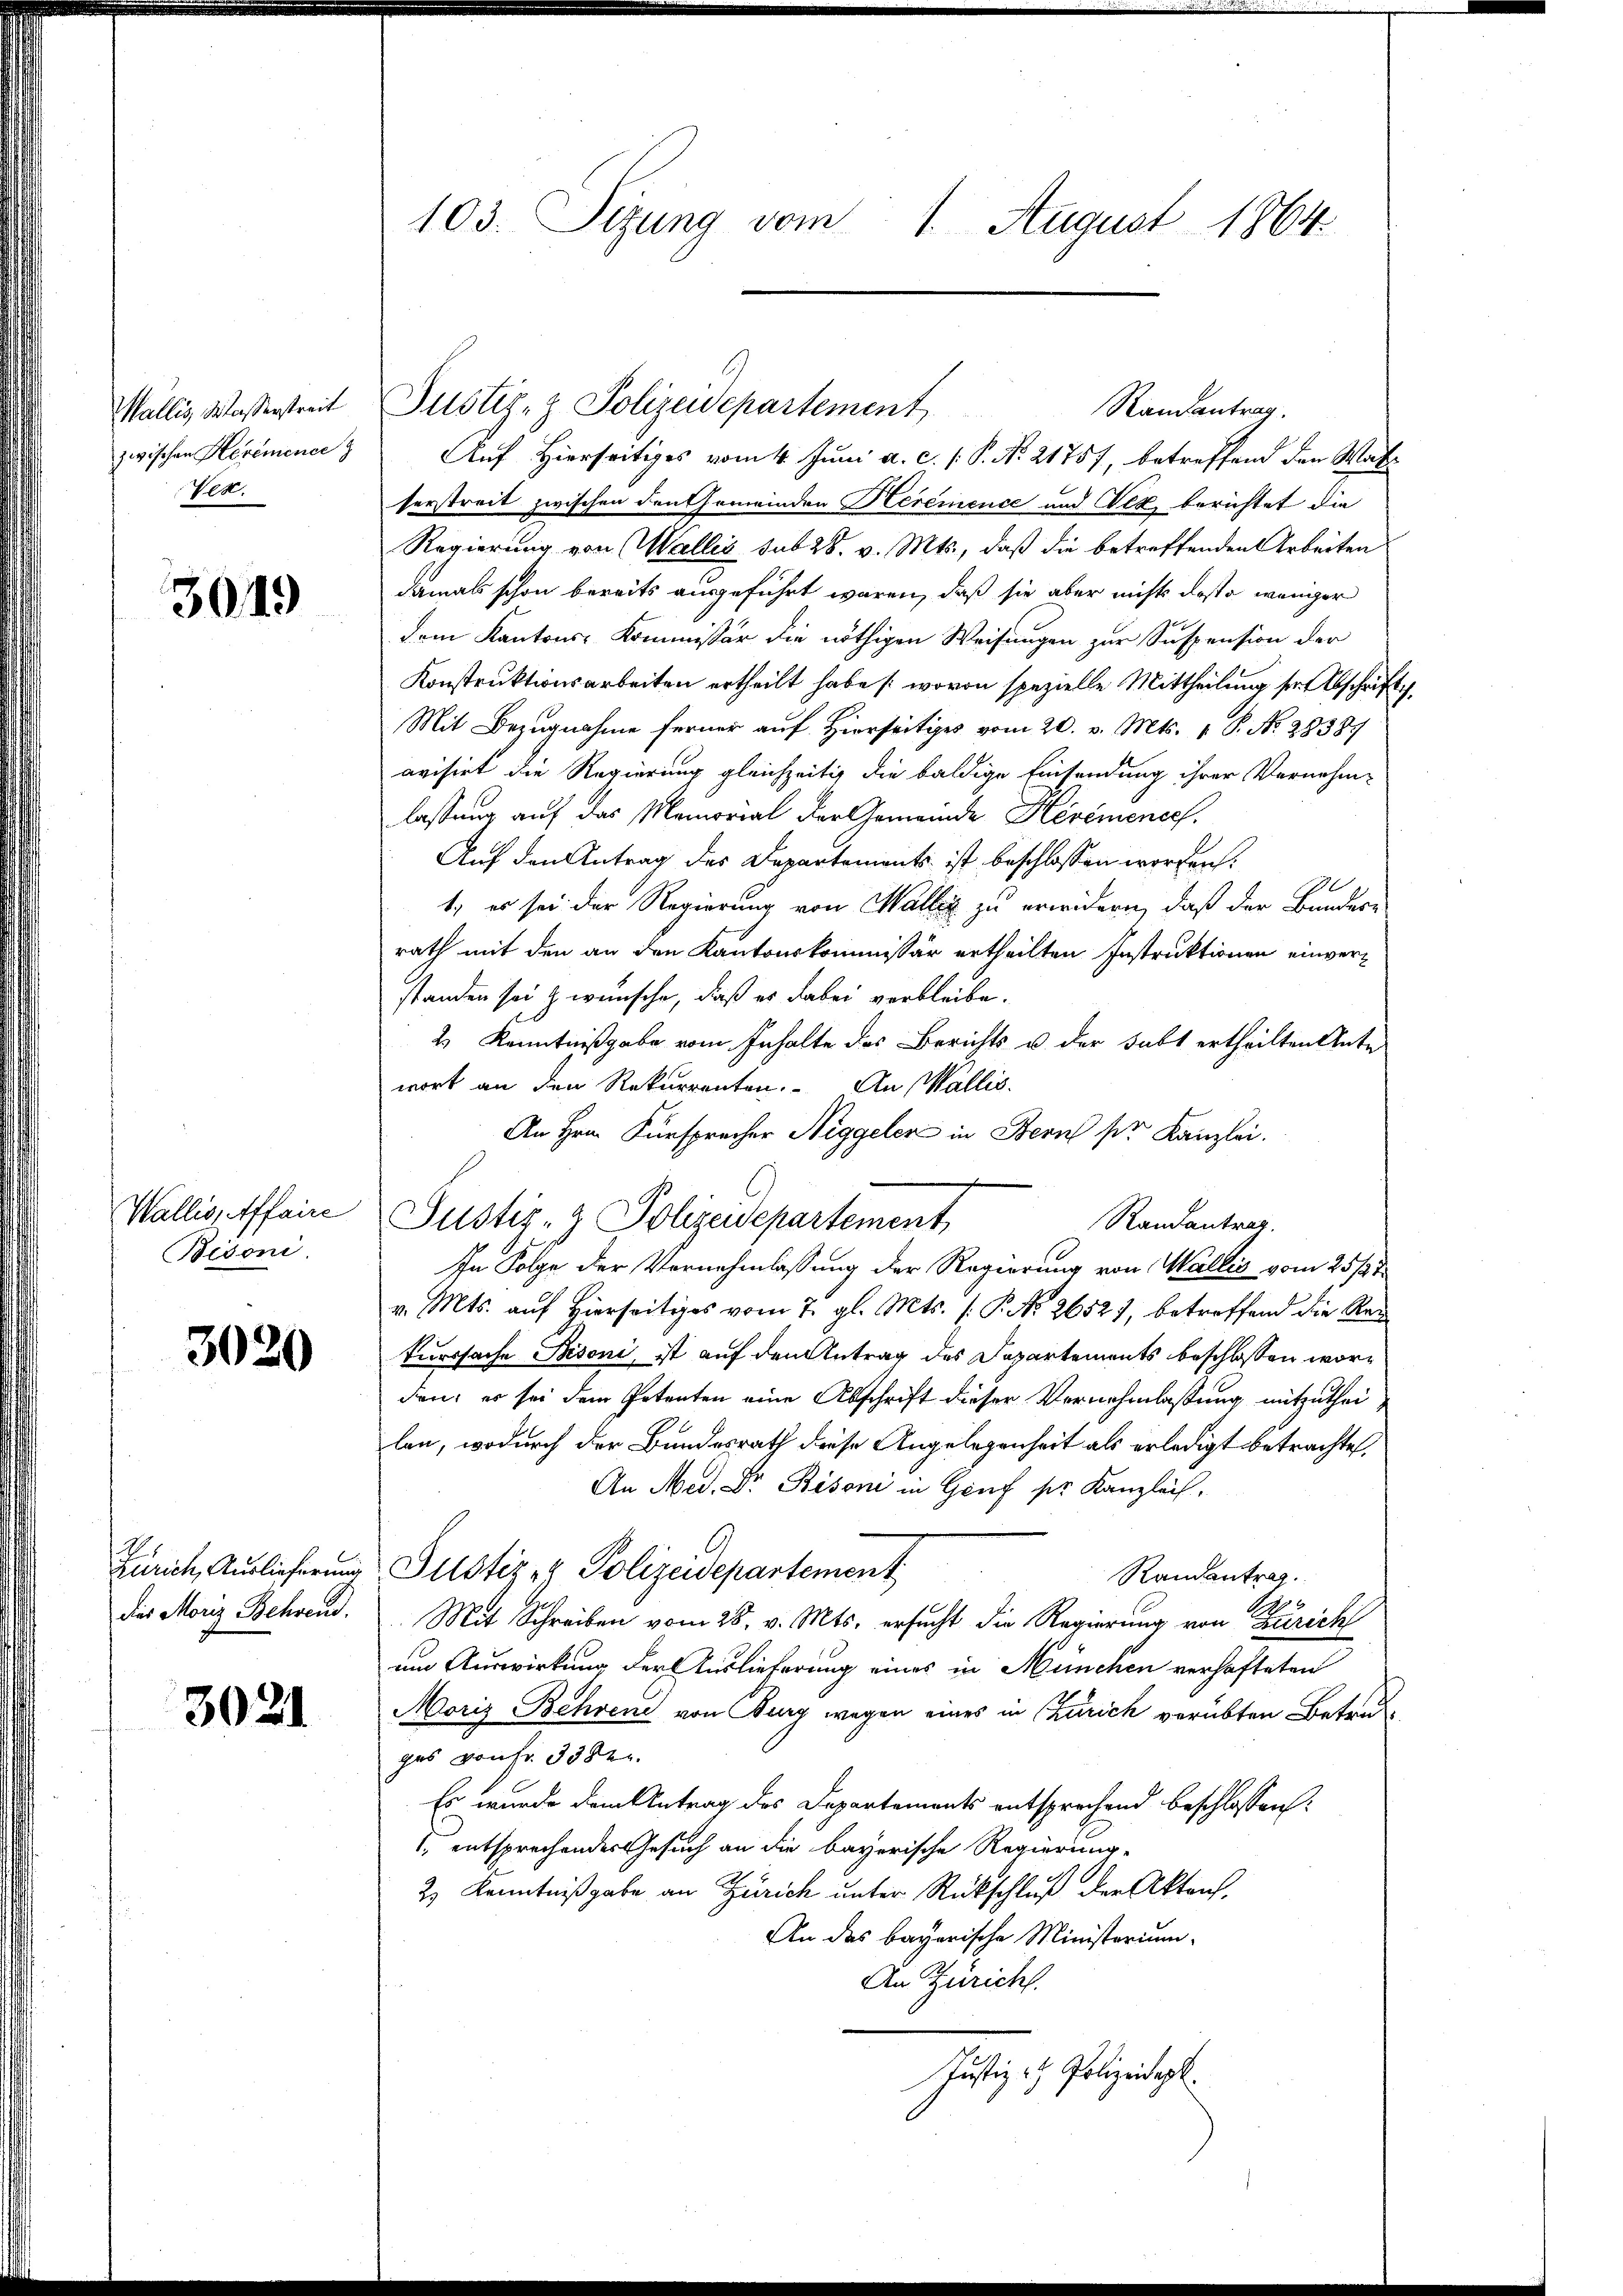
Wallis Wasserstreit
Ver.

3019

Wallis, Affaire
Bisoni.

3020

dies Moriz Behrend.

3021

103. Sitzung vom 1. August 1864.

zwischen Hermene Auf Hierseitiges vom 4. Juni a. c. /: P. No 21757, betreffend den Wat
serstreit zwischen Fonthemeinden Herémence und Vex berichtet die
Regierung von Wallis sub 28. v. Mts., daß die betreffenden Arbeiten
damals schon bereits ausgeführt waren, daß sie aber nichts desto weniger
dem Kantons-Kommissär die nöthigen Weisungen zur Suspension der
Konstruktionsarbeiten ertheilt habe (wovon spezielle Mittheilung der Abschriftig
Mit Bezugnahme ferner auf Hierseitiges vom 20. v. Mts. 1 S. No. 28387
ovisirt die Regierung gleichzeitig die baldige Einsendung ihrer Vernehm-
lassung auf das Memorial der Gemeinde Hévémence.
Auf den Antrag des Departements ist beschlossen worden.
0
1. es sei der Regierung von Waller zu erwidern, daß der Bundere
rath mit den an den Kantonskommissär ertheilten Instruktionen einverstanden sei & wünsche, daß er dabei verbleibe.
2) Kenntnißgabe vom Inhalte des Berichts u. der subt ertheilten Ante
wort an den Rekurrenten. An Wallis.
An Hrn. Fürsprecher Niggeler in Bern der Kanzlei.
Justiz- & Polizeidepartement,
Randantrag.
In Folge der Vernehmlassung der Regierung von Wallis vom 25sten
v. Mts. auf Hierseitiges vom 7. gl. Mts. (: P. Nr. 2652), betreffend die Rei
kurssache Bisoni, ist auf den Antrag des Dapartements beschlossen worden, er sei dem Petenten eine Abschrift dieser Vernehmlassung mitzutheilen, wodurch der Bundesrath diese Angelegenheit als erledigt betrachte,
An Med. Dr. Bisoni in Genf ser Kanzleich
Zürich, Auslieferung Justiz & Polizeidepartement
Randantrag.
Mit Schreiben vom 28. v. Mts. ersucht die Regierung von Zürich
um Auswirkung der Auslieferung eines in München verhafteten
Moriz Behrene von Burg wegen eines in Zürich verübten Betref
ges von fr. 3382.
Es wurde dem Antrag des Departements entsprechend beschlossen:
. entsprechender Gesuch an die bayerische Regierung,
2) Kenntnißgabe an Zürich unter Rückschluß der Akten.
An das bayerische Ministerium
An Züricht.
Justiz- & Polizeidigt.

Justiz- & Polizeidepartement
Randantrag.